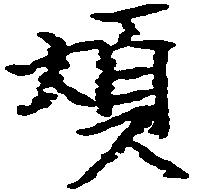
煩